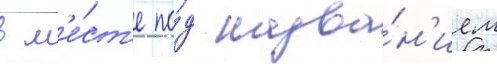
в м'е́ст'е по́д назва́н'ием